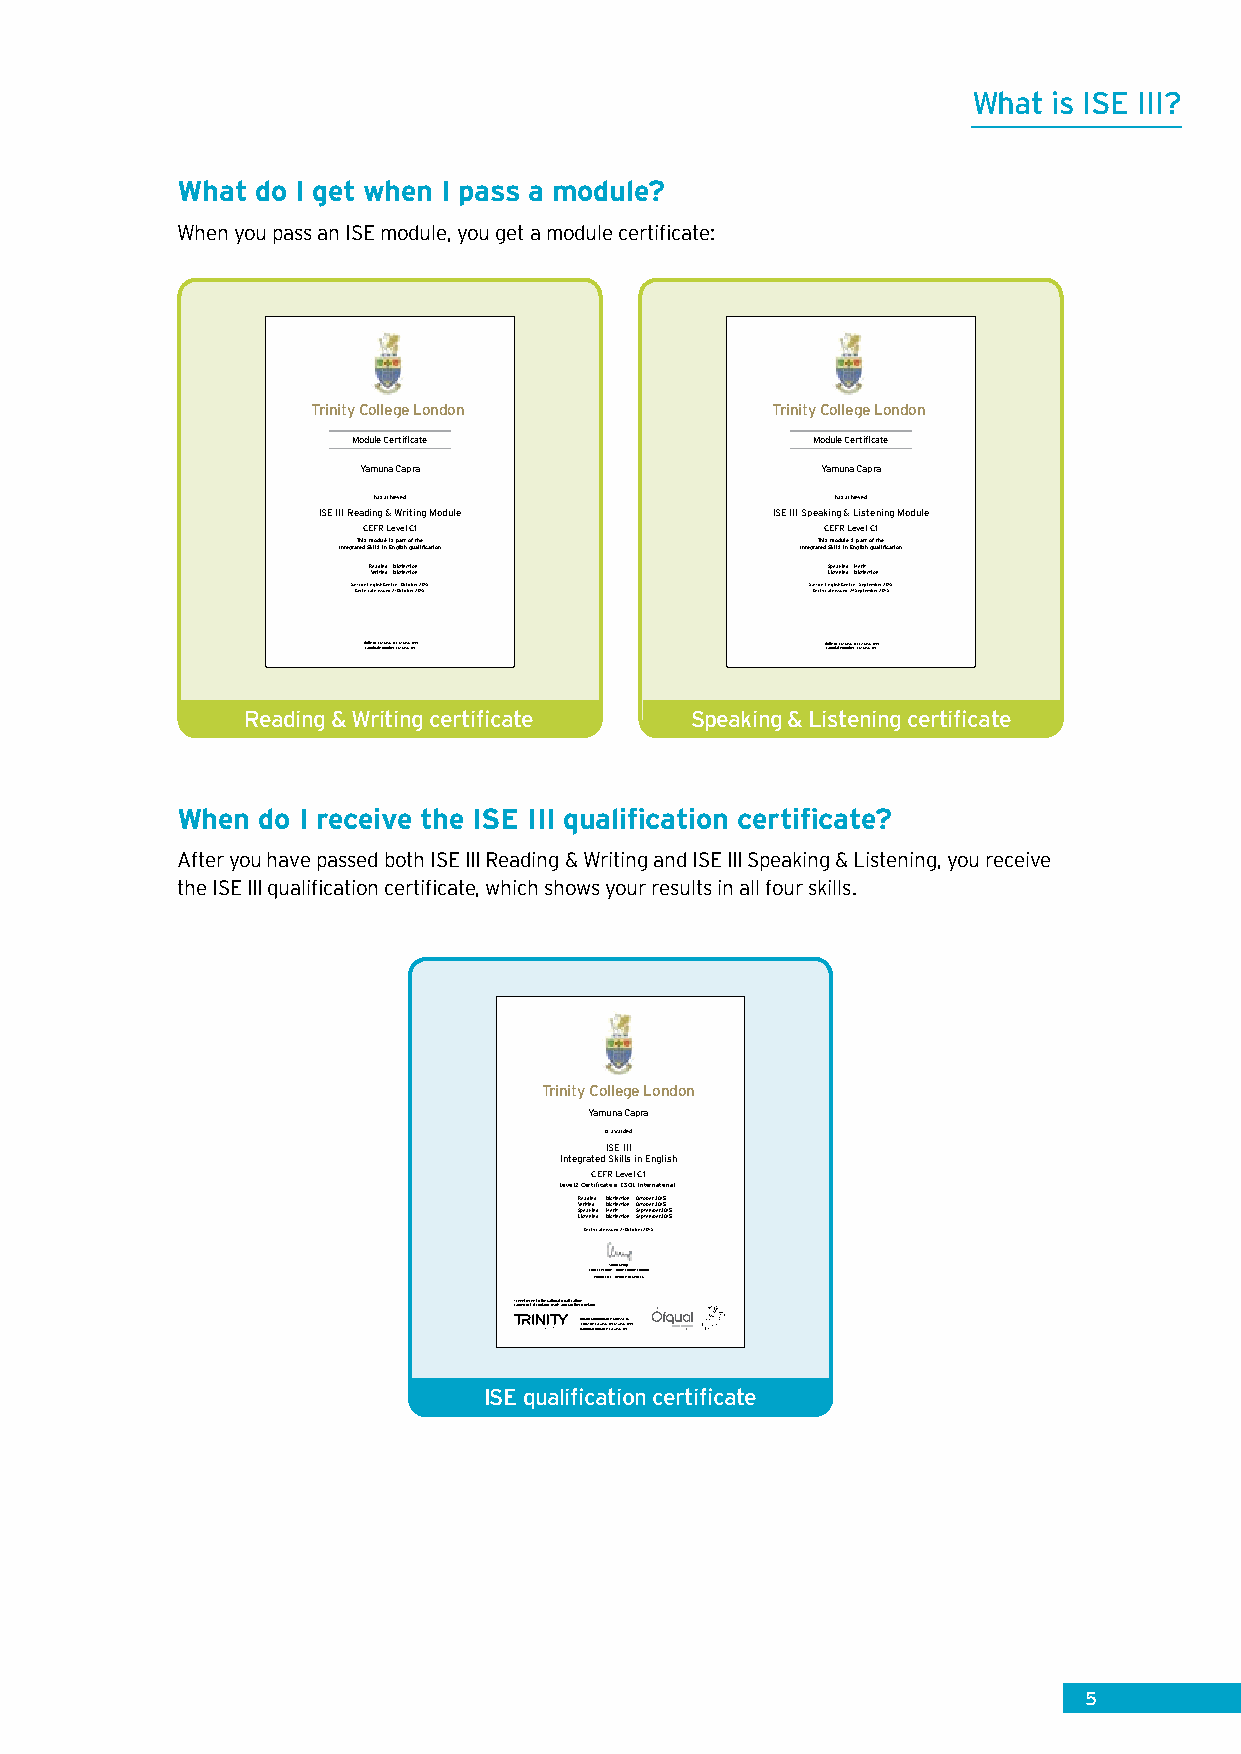
What  is ISE III?
 What do I get when I pass a module?
 When you pass an ISE module, you get a module certificate:
 e                              e
 Trinity College lLondon       Trinity College lLondon
 p                              p
 Module Certificate             Module Certificate
 m                              m
 Yamuna Capra                  Yamuna Capra
 a                             a
 has achieved                  has achieved
 ISSE III Reading & Writing Module ISES III Speaking & Listening Module
 CEFR Level C1                 CEFR Level C1
 This module is part of the    This module is part of the
 Integrated Skills in English qualification Integrated Skills in English qualification
 RWearidtiinngg--DDiissttiinnccttiioonn LSipseteankiinngg--MDiesrtiitnction
 SaCfferrotnifi Ecantgeli sishs uCeedn t2r1e O - cOtoctboebre 2r0 210515 SaCfefrrotinfi cEantgel iisshs uCeedn 2tr7e S- eSpetpetmembebre 2r 0210515
 TrCinaintyd iIdDa: t1e-1 2n3u4m5b6e7r8: :11--112233445566778899 9 TrCinaintyd iIdDa: t1e-1 2n3u4m5b6e7r8: :11--112233445566778899 9
 Reading & Writing certificate Speaking & Listening certificate
 When do I receive the ISE III qualification certificate?
 After you have passed both ISE III Reading & Writing and ISE III Speaking & Listening, you receive
 the ISE III qualification certificate, which shows your results in all four skills.
 e
 Trinity College lLondon
 p
 Yamuna Capra
 is mawarded
 ISE III
 Integrated Skills in English
 aCEFR Level C1
 Level 2 Certificate in ESOL International*
 S LSWR ipe sreai tt eadin nkingiinng gg DMDD iii esss rttt iiii tnnn ccc ttt iii ooo nnn SSOO eecc ppttoo tteebb mmeerr bb 22 ee00 rr 11 2255 00 1155
 Certificate issued 21 October 2015
 Chief ExecutivSea, rTarhin Kiteym Cpollege London
 IINDDa tnty iuopmne a:b lPeitary:s
 :
 2s It6p ao0lyr8t197477 Patron HRH The Duke of Kent KG
 *Fr Laemveewl roerfke rins Eton gthlaen Nda, Wtioanleasl Qanuda lNifiocratthioernns Ireland
 QTCrauinna dilti ifiyd c aIaDtt e: i o1n-n1u2 mn3u4bm5e6rb :7e 18r -1:: 216-3102431 5/45 655 7681779/869 9
 ISE qualification certificate
 5